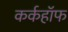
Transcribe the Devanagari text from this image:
कर्कहॉफ